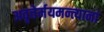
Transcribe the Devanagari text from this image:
अवृत्तेर्मयमन्त्यानां